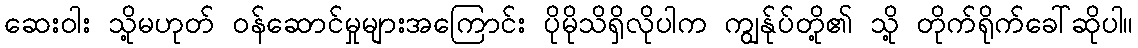
ဆေးဝါး သို့မဟုတ် ဝန်ဆောင်မှုများအကြောင်း ပိုမိုသိရှိလိုပါက ကျွန်ုပ်တို့၏ သို့ တိုက်ရိုက်ခေါ်ဆိုပါ။